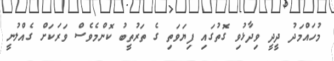
މުހައްމަދު ދީދީ ވިދާޅުވި ގޮތުގައި ފިޔަވަތި ގެ ތަރުތީބު ކޮންމެވެސް ވަރަކަށް ގެއްލުނީ